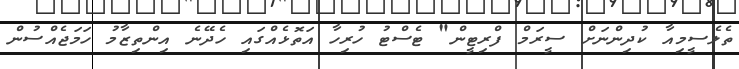
ތެލެސީމިއާ ކުދިންނަށް ސީރަމް ފްރިޓީން" ޓެސްޓު ހުރިހާ އަތޮޅެއްގައި ހެދޭނެ އިންތިޒާމު ހަމަޖެއްސުން